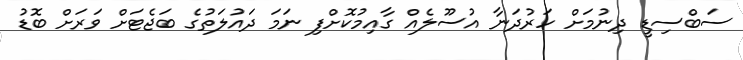
ސަބްސިޑީ ދިނުމަށް ހަރުދަނާ އުސޫލެއް ގާއިމުކޮށްފި ނަމަ ދައުލަތުގެ ބަޖެޓަށް ވަރަށް ބޮޑު